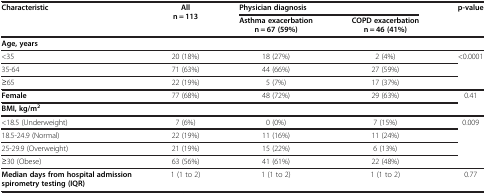
<table><thead><tr><td rowspan="2"><b>Characteristic</b></td><td rowspan="2"><b>All n = 113</b></td><td colspan="2"><b>Physician diagnosis</b></td><td rowspan="2"><b>p-value</b></td></tr><tr><td><b>Asthma exacerbation n = 67 (59%)</b></td><td><b>COPD exacerbation n = 46 (41%)</b></td></tr></thead><tbody><tr><td><b>Age, years</b></td><td colspan="4"> </td></tr><tr><td>&lt;35</td><td>20 (18%)</td><td>18 (27%)</td><td>2 (4%)</td><td rowspan="3">&lt;0.0001</td></tr><tr><td>35-64</td><td>71 (63%)</td><td>44 (66%)</td><td>27 (59%)</td></tr><tr><td>≥65</td><td>22 (19%)</td><td>5 (7%)</td><td>17 (37%)</td></tr><tr><td><b>Female</b></td><td>77 (68%)</td><td>48 (72%)</td><td>29 (63%)</td><td rowspan="2">0.41</td></tr><tr><td><b>BMI, kg/m</b><sup><b>2</b></sup></td><td> </td><td> </td><td> </td></tr><tr><td>&lt;18.5 (Underweight)</td><td>7 (6%)</td><td>0 (0%)</td><td>7 (15%)</td><td rowspan="4">0.009</td></tr><tr><td>18.5-24.9 (Normal)</td><td>22 (19%)</td><td>11 (16%)</td><td>11 (24%)</td></tr><tr><td>25-29.9 (Overweight)</td><td>21 (19%)</td><td>15 (22%)</td><td>6 (13%)</td></tr><tr><td>≥30 (Obese)</td><td>63 (56%)</td><td>41 (61%)</td><td>22 (48%)</td></tr><tr><td><b>Median days from hospital admission spirometry testing (IQR)</b></td><td>1 (1 to 2)</td><td>1 (1 to 2)</td><td>1 (1 to 2)</td><td>0.77</td></tr></tbody></table>